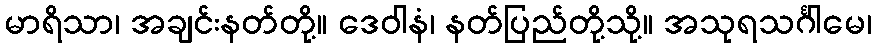
မာရိသာ၊ အချင်းနတ်တို့။ ဒေဝါနံ၊ နတ်ပြည်တို့သို့။ အသုရသင်္ဂါမေ၊